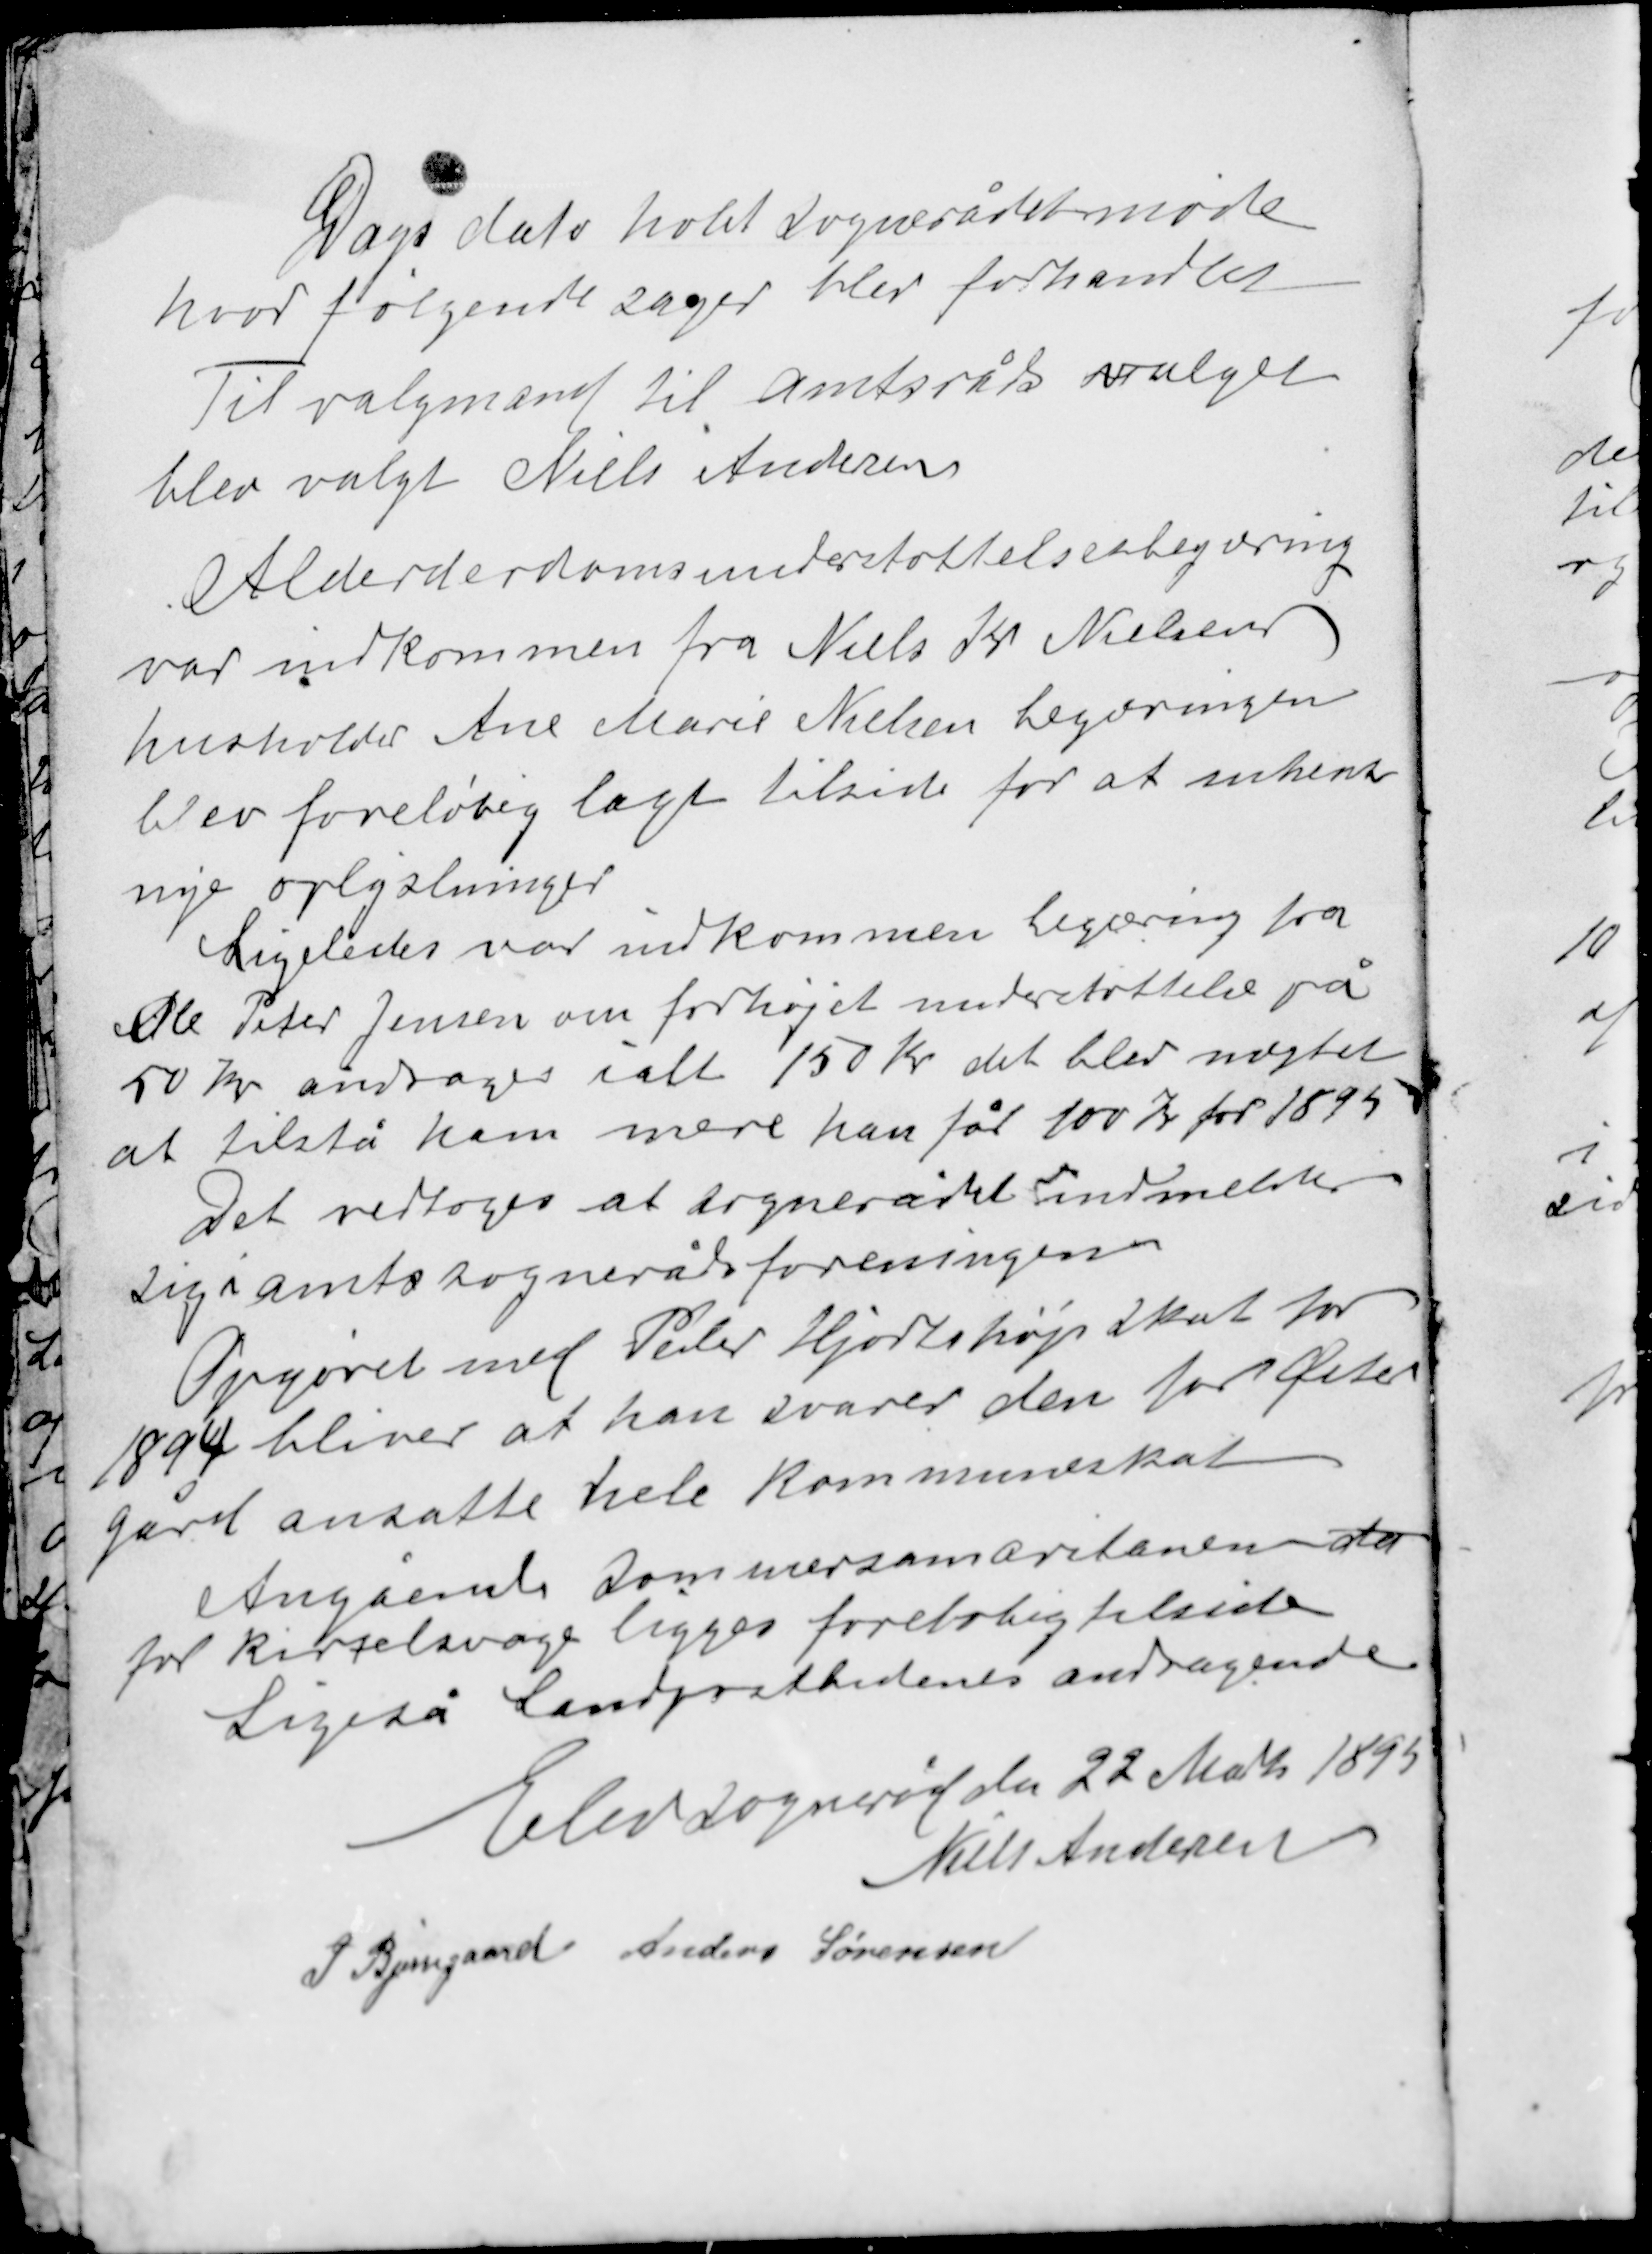
Transskription:
Dags dato holdt sognerådet møde
hvor følgende sager blev forhandlet

Til valgmand til amtsråds valget
blev valgt Niels Andersen

Alderdomsunderstøttelsesbegæring
var indkommen fra Niels Kr Nielsens
husholder Ane Marie Nielsen begæringen
blev foreløbig lagt tilside for at indhente
nye oplysninger

Ligeledes var indkommen begæring fra
Ole Peter Jensen om forhøjet understøttelse på
50 kr androges i alt 150 kr det blev nægtet
at tilstå ham mere han får 100 kr for 1895

Det vedtoges at sognerådet indmeldte
sig i amtssognerådsforeningen

Opgøret med Peter Hjortshøjs skat for
1894 bliver at han svarer den for Øster
gård ansatte hele kommuneskat

Angående sommersamaritan
for kirtelsvage ligges foreløbig tilside
Ligeså Landpostbudenes andragende

Elev sogneråd den 22 Marts 1895
Niels Andersen
P Bjerregaard
Anders Sørensen